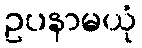
ဥပနာမယုံ